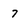
Character: 7